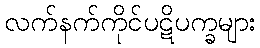
လက်နက်ကိုင်ပဋိပက္ခများ